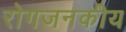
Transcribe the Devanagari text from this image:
रोगजनकीय